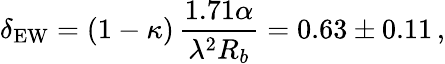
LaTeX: \delta_{\mathrm{EW}}=(1-\kappa)\, \frac{1.71\alpha}{\lambda^{2}R_{b}}=0.63\pm 0.11\, ,